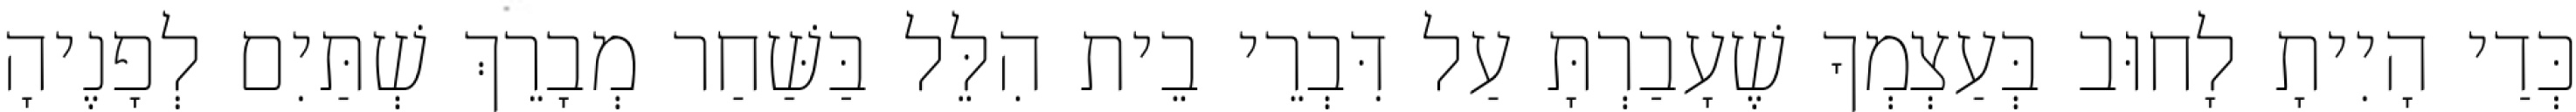
כְּדַי הָיִיתָ לָחוּב בְּעַצְמְךָ שֶׁעָבַרְתָּ עַל דִּבְרֵי בֵית הִלֵּל בַּשַּׁחַר מְבָרֵךְ שְׁתַּיִם לְפָנֶיהָ